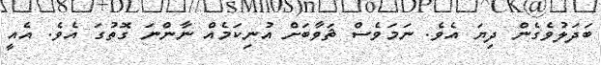
ބަދަލުވެގެން ދިޔަ އެވެ. ނަމަވެސް ޘަވާބަށް އުނިކަމެއް ނާންނަ ގޮތުގަ އެވެ. އެއީ